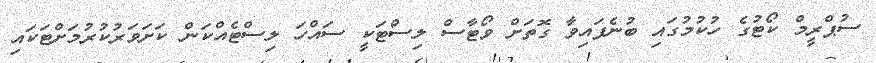
ސުޕްރީމް ކޯޓުގެ ހުކުމުގައި ބުނެފައިވާ ގޮތަށް ވޯޓާސް ލިސްޓަކީ ސައްހަ ލިސްޓެއްކަން ކަށަވަރުކުރުމަށްޓަކައި